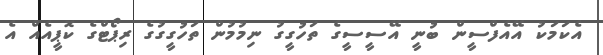
އެކަމަކު އޭއެފްސީން ބުނީ އޭސީސީގެ ތަހުގީގު ނިމުމުން ތަހުގީގުގެ ރިޕޯޓްގެ ކޮޕީއެއް އެ